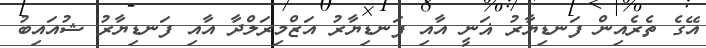
އޭގެ ތެރެއިން ފަނޑިޔާރު ޣަނީ އާއި ފަނޑިޔާރު އަޒްމިރަލްދާ އާއި ފަނޑިޔާރު ޝުއައިބު